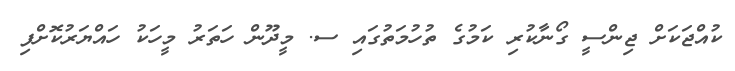
ކުއްޖަކަށް ޖިންސީ ގޯނާކުރި ކަމުގެ ތުހުމަތުގައި ސ. މީދޫން ހަތަރު މީހަކު ހައްޔަރުކޮށްފި